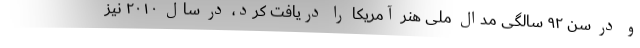
و در سن ۹۲ سالگی مدال ملی هنر آمریکا را دریافت کرد، در سال ۲۰۱۰ نیز